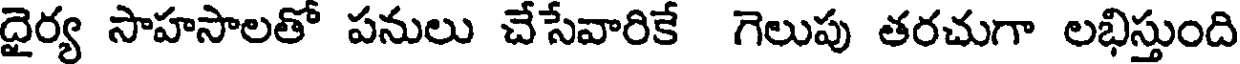
దైర్య సాహసాలతో పనులు చేసేవారికే గెలుపు తరచుగా లభిస్తుంది